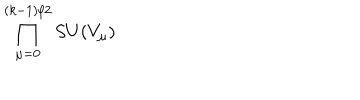
\prod _ { \mu = 0 } ^ { ( k - 1 ) / 2 } S U ( V _ { \mu } )